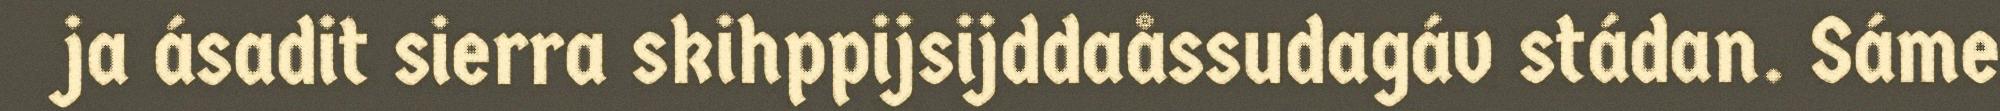
ja ásadit sierra skihppijsijddaåssudagáv stádan. Sáme